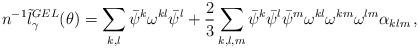
LaTeX: \begin{align*}n^{-1}\tilde{l}^{GEL}_{\gamma}(\theta) = \sum_{k,l} \bar{\psi}^k \omega^{kl}\bar{\psi}^l + \frac{2}{3} \sum_{k,l,m} \bar{\psi}^k \bar{\psi}^l \bar{\psi}^m \omega^{kl} \omega^{km} \omega^{lm} \alpha_{klm} \,,\end{align*}